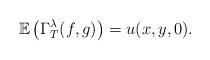
LaTeX: \begin{align*}\mathbb{E} \left ( \Gamma_{T}^\lambda(f,g) \right ) = u(x,y,0).\end{align*}